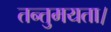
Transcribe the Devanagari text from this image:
तन्तुमयता।